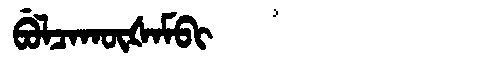
Manchu: ᠪᡠᠯᠴᠠᡴᡡᡧᠠᠮᠪᡳ
Romanization: BULCAKŪŠAMBI